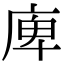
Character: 庳